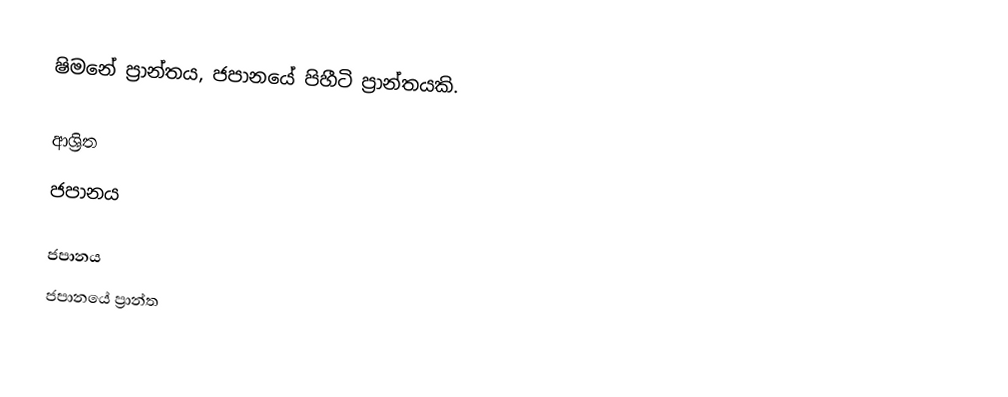
ෂිමනේ ප්‍රාන්තය, ජපානයේ පිහීටි ප්‍රාන්තයකි.

ආශ්‍රිත
 ජපානය

ජපානය
ජපානයේ ප්‍රාන්ත